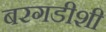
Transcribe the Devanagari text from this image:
बरगडीशी